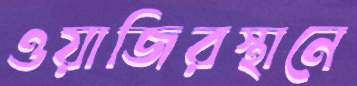
ওয়াজিরস্থানে